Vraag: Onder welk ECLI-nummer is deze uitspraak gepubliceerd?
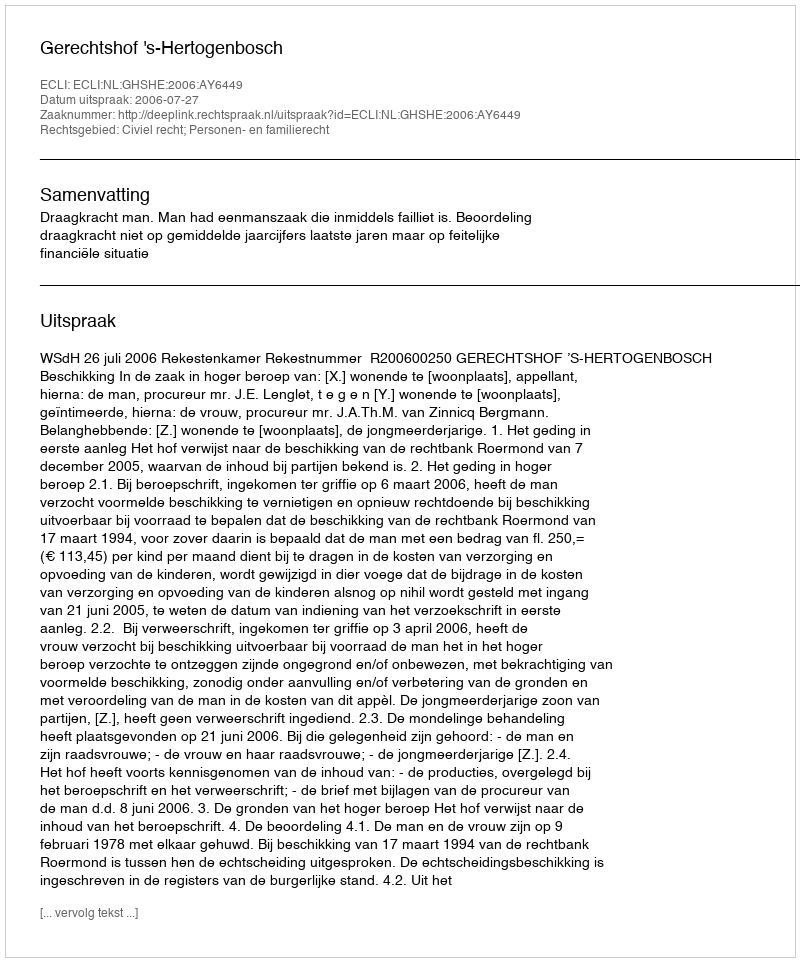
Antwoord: ECLI:NL:GHSHE:2006:AY6449